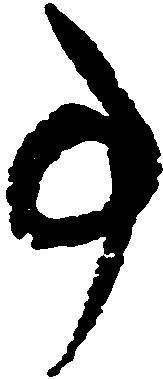
事